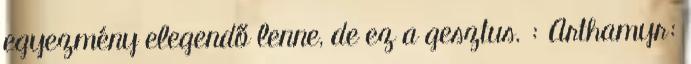
egyezmény elegendő lenne, de ez a gesztus. : Arthamyr: